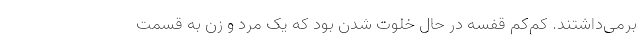
برمی‌داشتند. کم‌کم قفسه در حال خلوت شدن بود که یک مرد و زن به قسمت